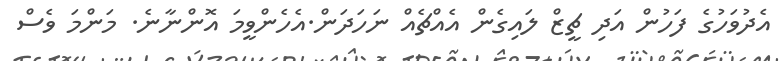
އެދުވަހުގެ ފަހުން އަދި ޗީޒް ލައިގެން އެއްޗެއް ނަހަދަން.އެހެންވީމަ އޮންނާނެ. މަންމަ ވެސް